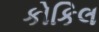
કોકિલ